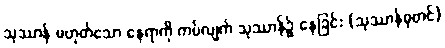
သုဿာန် မဟုတ်သော နေရာကို ကပ်လျက် သုဿာန်၌ နေခြင်း (သုဿာန်ဓုတင်)